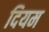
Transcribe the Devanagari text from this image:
दियम